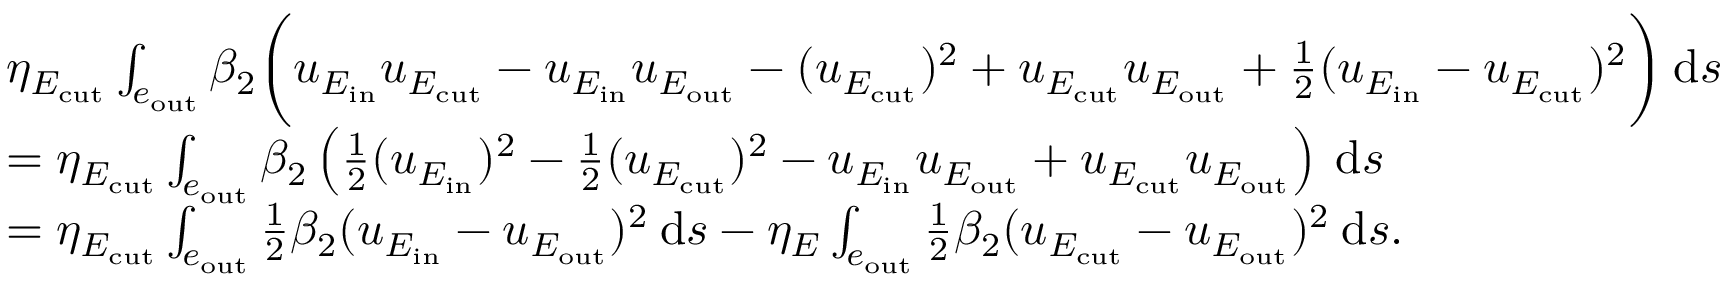
\begin{array} { r l } & { \eta _ { E _ { \mathrm { c u t } } } \int _ { e _ { \mathrm { o u t } } } \beta _ { 2 } \bigg ( { u _ { E _ { \mathrm { i n } } } } { u _ { E _ { \mathrm { c u t } } } } - { u _ { E _ { \mathrm { i n } } } } { u _ { E _ { \mathrm { o u t } } } } - ( { u _ { E _ { \mathrm { c u t } } } } ) ^ { 2 } + { u _ { E _ { \mathrm { c u t } } } } { u _ { E _ { \mathrm { o u t } } } } + \frac 1 2 ( u _ { E _ { \mathrm { i n } } } - u _ { E _ { \mathrm { c u t } } } ) ^ { 2 } \bigg ) \: \mathrm { d } { s } } \\ & { = \eta _ { E _ { \mathrm { c u t } } } \int _ { e _ { \mathrm { o u t } } } \beta _ { 2 } \left( \frac 1 2 ( u _ { E _ { \mathrm { i n } } } ) ^ { 2 } - \frac 1 2 ( u _ { E _ { \mathrm { c u t } } } ) ^ { 2 } - { u _ { E _ { \mathrm { i n } } } } { u _ { E _ { \mathrm { o u t } } } } + { u _ { E _ { \mathrm { c u t } } } } { u _ { E _ { \mathrm { o u t } } } } \right) \: \mathrm { d } { s } } \\ & { = \eta _ { E _ { \mathrm { c u t } } } \int _ { e _ { \mathrm { o u t } } } \frac 1 2 \beta _ { 2 } ( u _ { E _ { \mathrm { i n } } } - { u _ { E _ { \mathrm { o u t } } } } ) ^ { 2 } \: \mathrm { d } { s } - \eta _ { E } \int _ { e _ { \mathrm { o u t } } } \frac 1 2 \beta _ { 2 } ( u _ { E _ { \mathrm { c u t } } } - { u _ { E _ { \mathrm { o u t } } } } ) ^ { 2 } \: \mathrm { d } { s } . } \end{array}